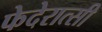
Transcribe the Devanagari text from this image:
फेदेरात्सी